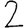
Digit: 2